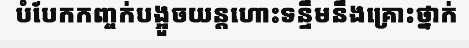
បំបែកកញ្ចក់បង្អួចយន្តហោះទន្ទឹមនឹងគ្រោះថ្នាក់